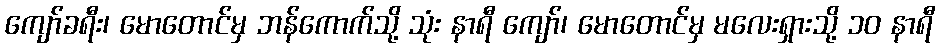
ကျော်ခရီး၊ မောတောင်မှ ဘန်ကောက်သို့ သုံး နာရီ ကျော်၊ မောတောင်မှ မလေးရှားသို့ ၁၀ နာရီ